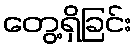
တွေ့ရှိခြင်း